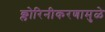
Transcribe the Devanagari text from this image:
क्लोरिनीकरणामुळे